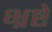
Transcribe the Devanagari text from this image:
भ्रष्टे